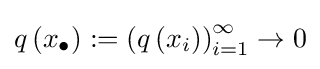
q\left(x_{\bullet }\right):=\left(q\left(x_{i}\right)\right)_{i=1}^{\infty }\to 0